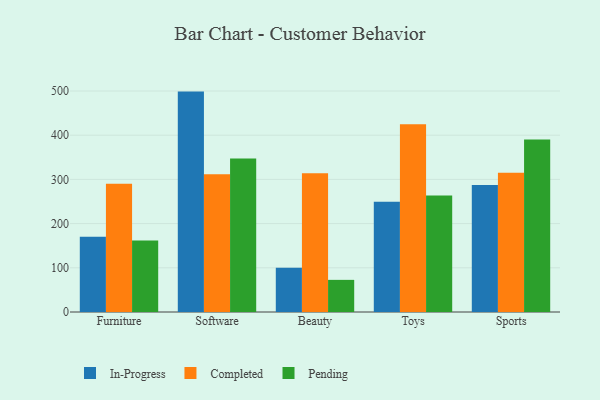
{"axis": {"x": "Category", "y": "Churn Rate (%)"}, "legend": ["Completed", "In-Progress", "Pending"], "data": [{"x": "Furniture", "y": 170.2, "type": "In-Progress"}, {"x": "Furniture", "y": 290.0, "type": "Completed"}, {"x": "Furniture", "y": 161.7, "type": "Pending"}, {"x": "Software", "y": 498.7, "type": "In-Progress"}, {"x": "Software", "y": 311.5, "type": "Completed"}, {"x": "Software", "y": 347.6, "type": "Pending"}, {"x": "Beauty", "y": 100.4, "type": "In-Progress"}, {"x": "Beauty", "y": 314.2, "type": "Completed"}, {"x": "Beauty", "y": 72.7, "type": "Pending"}, {"x": "Toys", "y": 249.3, "type": "In-Progress"}, {"x": "Toys", "y": 424.6, "type": "Completed"}, {"x": "Toys", "y": 263.4, "type": "Pending"}, {"x": "Sports", "y": 287.1, "type": "In-Progress"}, {"x": "Sports", "y": 315.3, "type": "Completed"}, {"x": "Sports", "y": 390.5, "type": "Pending"}]}